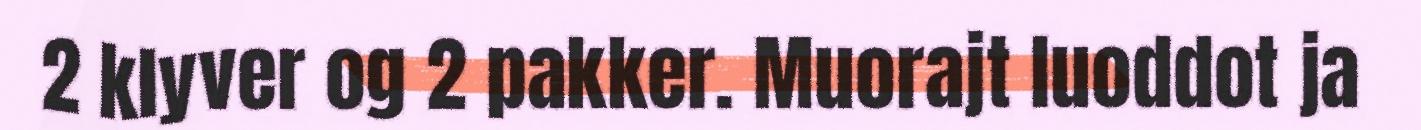
2 klyver og 2 pakker. Muorajt luoddot ja